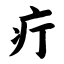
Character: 疔